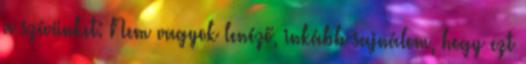
a szívünket: Nem vagyok lenéző, inkább sajnálom, hogy ezt